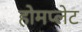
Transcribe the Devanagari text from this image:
होमप्लेट